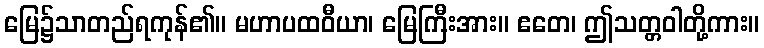
မြေ၌သာတည်ရကုန်၏။ မဟာပထဝီယာ၊ မြေကြီးအား။ ဧတေ၊ ဤသတ္တဝါတို့ကား။